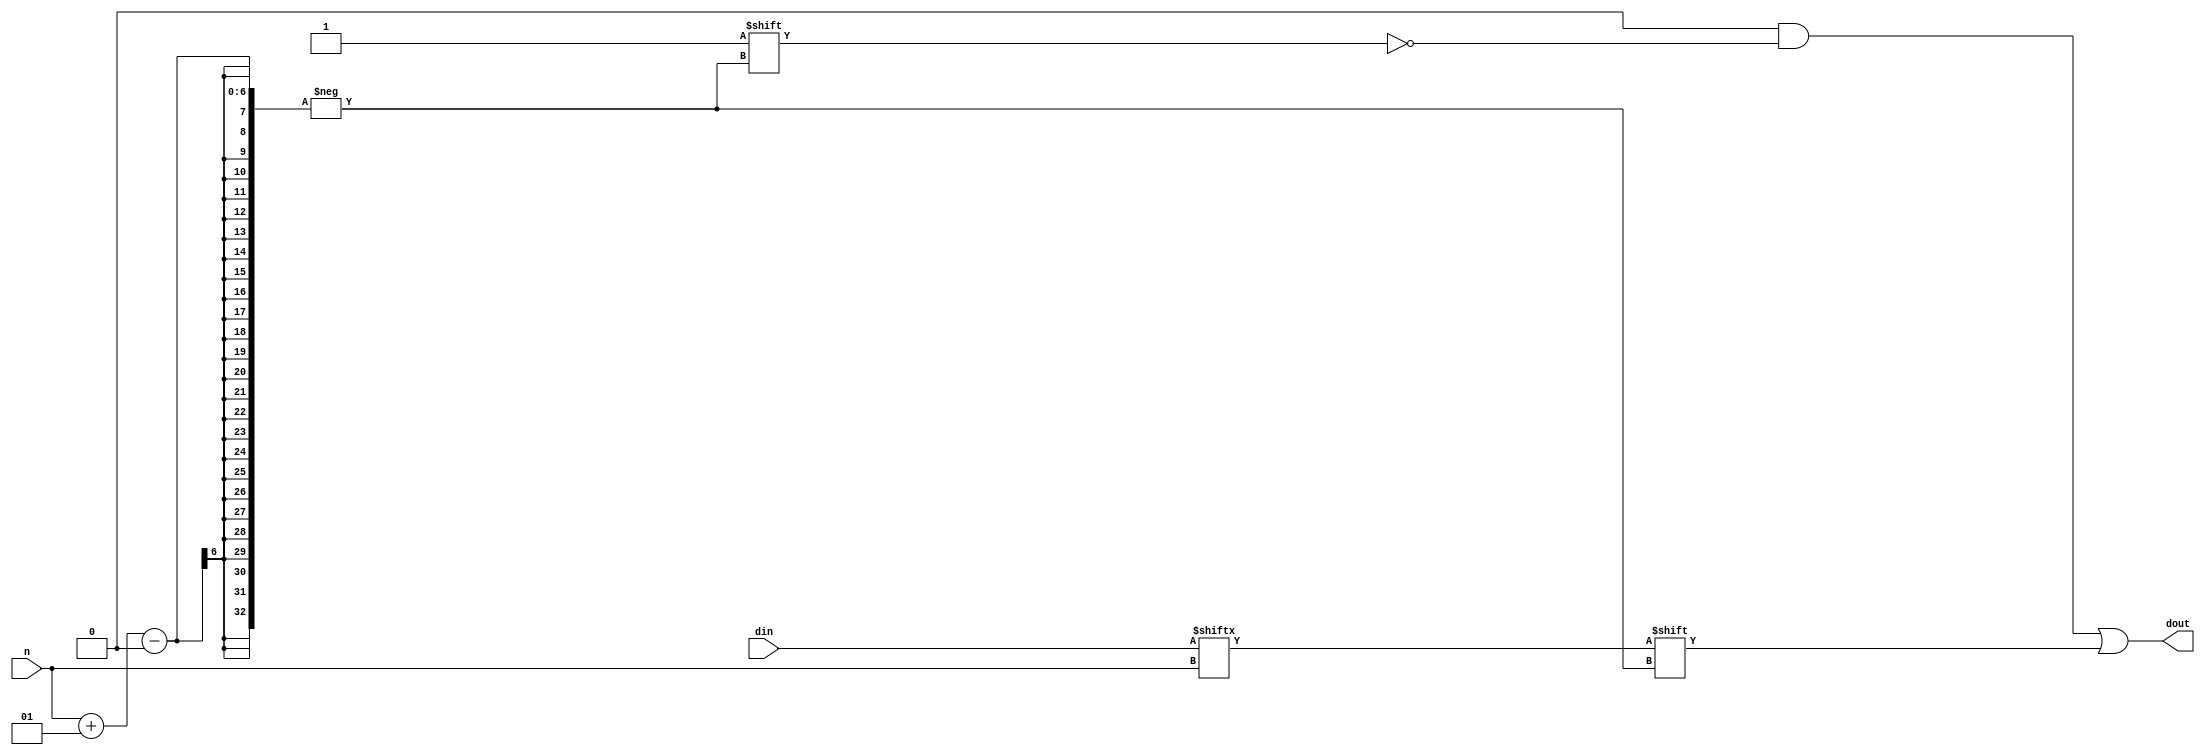
module partsel_test005 (
	input [31:0] din,
	input signed [4:0] n,
	output reg [31:0] dout
);
	always @(*) begin
		dout = 0;
		dout[n+1] = din[n];
	end
endmodule